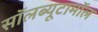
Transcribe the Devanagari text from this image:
सॉलब्यूटामॉल